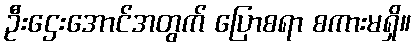
ဦးဌေးအောင်အတွက် ပြောစရာ စကားမရှိ။